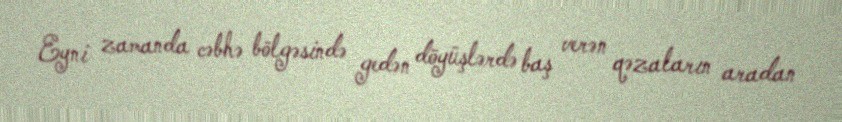
Eyni zamanda cəbhə bölgəsində gedən döyüşlərdə baş verən qəzaların aradan